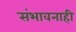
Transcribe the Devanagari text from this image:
संभावनाही